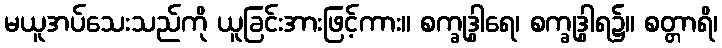
မယူအပ်သေးသည်ကို ယူခြင်းအားဖြင့်ကား။ စက္ခုဒွါရေ၊ စက္ခုဒွါရ၌။ စတ္တာရိ၊